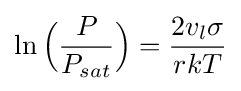
\ln {\Bigl (}{\frac {P}{P_{sat}}}{\Bigr )}={\frac {2v_{l}\sigma }{rkT}}